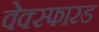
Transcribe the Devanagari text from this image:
वेक्स्फारड